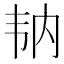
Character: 𩏼